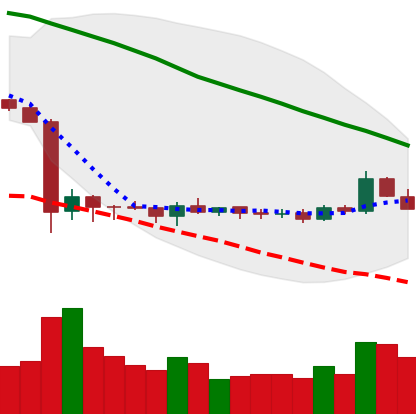
Ticker: ETC-USD
Chart end date: 2019-10-11
Forward return: -4.872%
Label: down_3_5